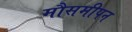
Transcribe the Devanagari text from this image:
मौसमीपन